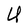
Character: U